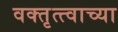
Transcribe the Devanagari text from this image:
वक्तृत्त्वाच्या